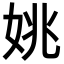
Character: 姚